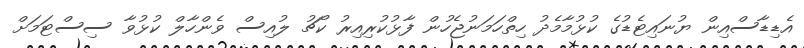
އެޑިޑާސްއިން ޔުނައިޓެޑުގެ ކުޅުމާމެދު ހިތްހަމަނުޖެހުން ފާޅުކުރިއިރު ކޯޗު ލުއިސް ވެންހާލް ކުޅުވާ ސިސްޓަމަށް